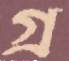
গ্র